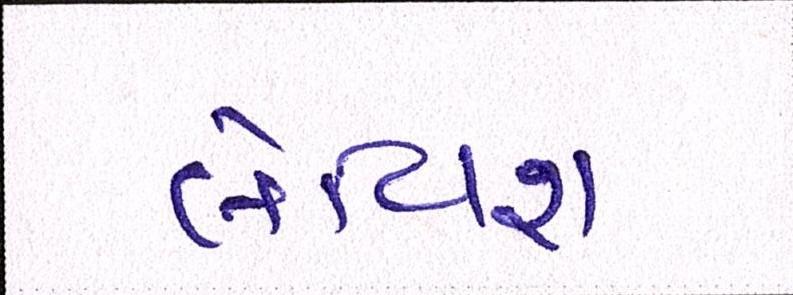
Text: લેવિશ